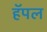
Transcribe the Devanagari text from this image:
हॅपल